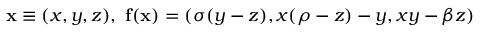
\mathbf { x } \equiv ( x , y , z ) , \ \mathbf { f } ( \mathbf { x } ) = ( \sigma ( y - z ) , x ( \rho - z ) - y , x y - \beta z )